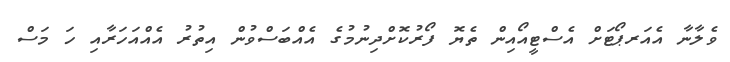
ވެލާނާ އެއަރޕޯޓަށް އެސްޓީއޯއިން ތެޔޮ ފޯރުކޮށްދިނުމުގެ އެއްބަސްވުން އިތުރު އެއްއަހަރާއި ހަ މަސް